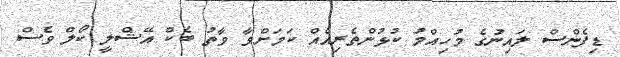
ޑިފެންސް ލައިނުގެ މުހިއްމު ކުޅުންތެރިއެއް ކަމަށްވާ ވާތު ބެކް އޭޝްލީ ކޯލް ވެސް